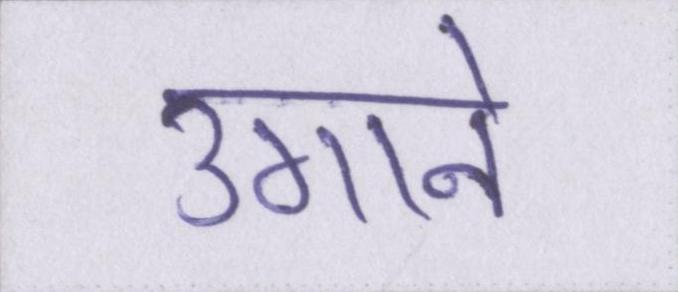
उगाने